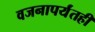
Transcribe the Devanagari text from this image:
वजनापर्यंतही